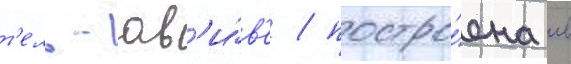
т'ель-ав'и́в'е / постро́ена в